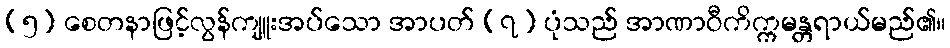
(၅) စေတနာဖြင့်လွန်ကျူးအပ်သော အာပတ် (၇) ပုံသည် အာဏာဝီကိက္ကမန္တရာယ်မည်၏။